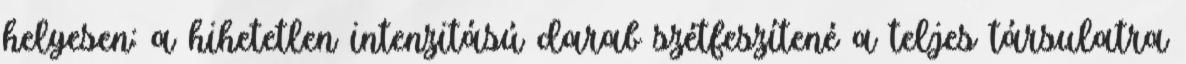
helyesen: a hihetetlen intenzitású darab szétfeszítené a teljes társulatra